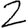
Digit: 2